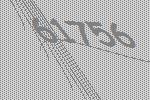
61756